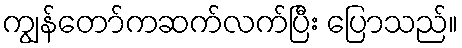
ကျွန်တော်ကဆက်လက်ပြီး ပြောသည်။